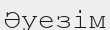
Әуезім